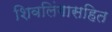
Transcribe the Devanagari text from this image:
शिवलिंगासहित